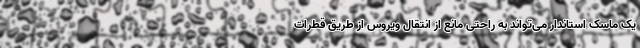
یک ماسک استاندار می‌تواند به راحتی مانع از انتقال ویروس از طریق قطرات